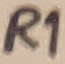
Text: R1